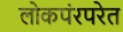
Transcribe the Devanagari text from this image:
लोकपंरपरेत